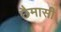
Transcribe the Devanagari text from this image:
छैमासी